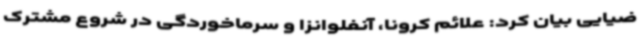
ضیایی بیان کرد: علائم کرونا، آنفلوانزا و سرماخوردگی در شروع مشترک